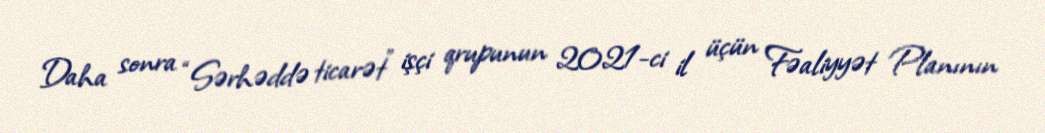
Daha sonra “Sərhəddə ticarət” işçi qrupunun 2021-ci il üçün Fəaliyyət Planının